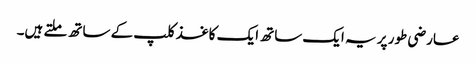
عارضی طور پر یہ ایک ساتھ ایک کاغذ کلپ کے ساتھ ملتے ہیں۔